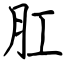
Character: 肛